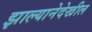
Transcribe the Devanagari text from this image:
झाल्यानेदेखील